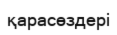
қарасөздері